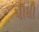
પીધી